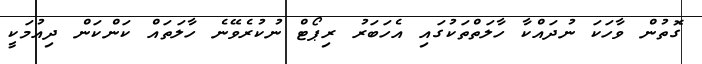
ގޮތުން ވާހަކަ ނުދައްކާ ހާލަތްތަކުގައި އެހަބަރު ރިޕޯޓް ނުކުރެވޭނެ ހާލަތައް ކަންކަން ދިއުމަކީ